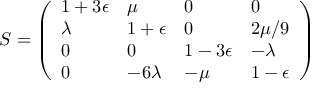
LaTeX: { \cal S } = \left( \begin{array} { l l l l } { { 1 + 3 \epsilon } } & { { \mu } } & { { 0 } } & { { 0 } } \\ { { \lambda } } & { { 1 + \epsilon } } & { { 0 } } & { { 2 \mu / 9 } } \\ { { 0 } } & { { 0 } } & { { 1 - 3 \epsilon } } & { { - \lambda } } \\ { { 0 } } & { { - 6 \lambda } } & { { - \mu } } & { { 1 - \epsilon } } \end{array} \right)